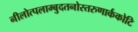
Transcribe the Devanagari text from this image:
नीलोत्पलाम्बुदतनोस्तरुणार्ककोटि